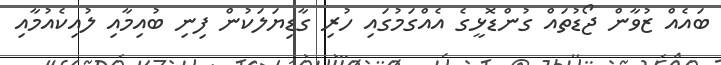
ބައެއް ޒުވާން ޖޯޑުތައް ގުންޑޮޅީގެ އެއްގަމުގައި ހުރި ގާޑިޔަލަކުން ފިނި ބުއިމާއި ލުއިކެއުމާއި